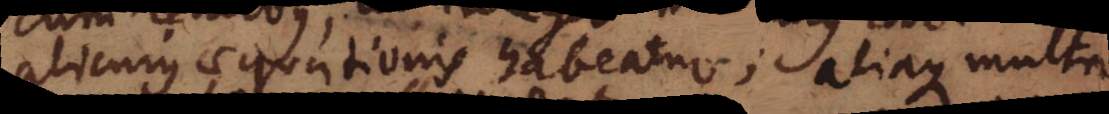
alicujus aequationis habeatur; aliaque multa